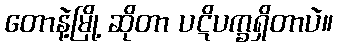
တောနဲ့မြို့ ဆိုတာ ပဋိပက္ခရှိတာပဲ။